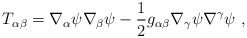
\begin{align*}T_{\alpha\beta}=\nabla_{\alpha}\psi \nabla_{\beta}\psi-\frac{1}{2}g_{\alpha\beta} \nabla_{\gamma}\psi \nabla^{\gamma}\psi~,\end{align*}